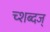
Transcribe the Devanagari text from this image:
च्शब्दज्